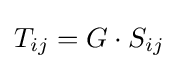
{T_{ij}=G\cdot S_{ij}}